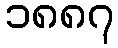
၁၈၈၇